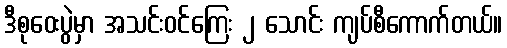
ဒီစုဝေးပွဲမှာ အသင်းဝင်ကြေး ၂ သောင်း ကျပ်စီကောက်တယ်။